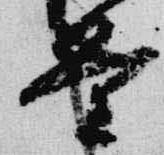
量